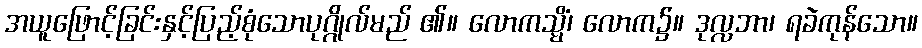
အယူဖြောင့်ခြင်းနှင့်ပြည့်စုံသောပုဂ္ဂိုလ်မည် ၏။ လောကသ္မိံ၊ လောက၌။ ဒုလ္လဘာ၊ ရခဲကုန်သော။